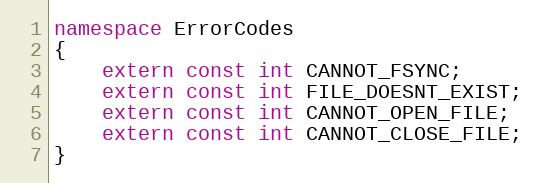
Language: C++
namespace ErrorCodes
{
    extern const int CANNOT_FSYNC;
    extern const int FILE_DOESNT_EXIST;
    extern const int CANNOT_OPEN_FILE;
    extern const int CANNOT_CLOSE_FILE;
}